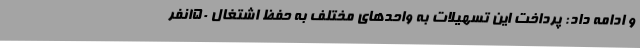
و ادامه داد: پرداخت این تسهیلات به واحدهای مختلف به حفظ اشتغال 150نفر